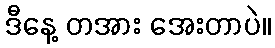
ဒီနေ့ တအား အေးတာပဲ။